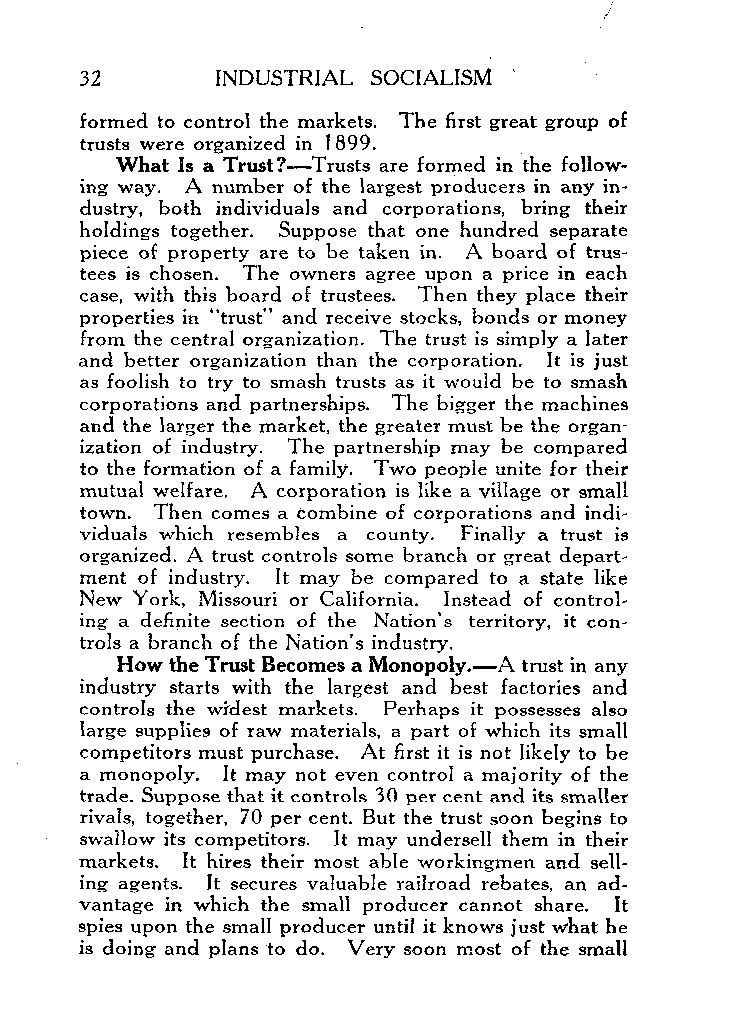
INDUSTRIAL SOCIALISM
 formed to control the markets. The first great group of
 trusts were organized in 1899.
 What Is a Trust?- Trusts are formed in the follow-
 ing way. A number of the largest producers in any in-
 dustry, both individuals and corporations, bring their
 holdings together. Suppose that one hundred separate
 piece of property are to be taken in. A board of trus-
 tees is chosen. The owners agree upon a price in each
 case, with this board of trustees. Then they place their
 properties in “trust” and receive stocks, bonds or money
 from the central organization. The trust is simply a later
 and better organization than the corporation. It is just
 as foolish to try to smash trusts as it would be to smash
 corporations and partnerships. The bigger the machines
 and the larger the market, the greater must be the organ-
 ization of industry. The partnership may be compared
 to the formation of a family. Two people unite for their
 mutual welfare. A corporation is like a village or small
 town. Then comes a combine of corporations and indi-
 viduals which resembles a county. Finally a trust is
 organized. A trust controls some branch or great depart-
 ment of industry. It may be compared to a state like
 New York, Missouri or California. Instead of control-
 ing a definite section of the Nation’s territory, it con-
 trols a branch of the Nation’s industry.
 How the Trust Becomes a Monopoly.-A trust in any
 industry starts with the largest and best factories and
 controls the widest markets. Perhaps it possesses also
 large supplies of raw materials, a part of which its small
 competitors must purchase. At first it is not likely to be
 a monopoly. It may not even control a majority of the
 trade. Suppose that it controls 30 per cent and its smaller
 rivals, together, 70 per cent. But the trust soon begins to
 swallow its competitors. It may undersell them in their
 markets. It hires their most able workingmen and sell-
 ing agents. It secures valuable railroad rebates, an ad-
 vantage in which the small producer cannot share. It
 spies upon the small producer until it knows just what he
 is doing and plans to do. Very soon most of the small